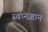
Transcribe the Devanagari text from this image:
स्वप्नज्ञान